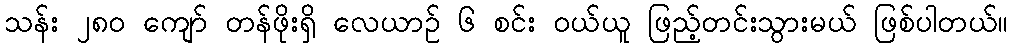
သန်း ၂၈၀ ကျော် တန်ဖိုးရှိ လေယာဉ် ၆ စင်း ဝယ်ယူ ဖြည့်တင်းသွားမယ် ဖြစ်ပါတယ်။